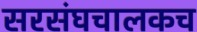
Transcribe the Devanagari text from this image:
सरसंघचालकच